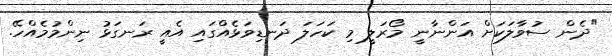
"ދެން ސުވާލަކަށް އަންނާނީ މޯރަލީ މި ކަހަލަ ދަނޑިވަޅެއްގައި އެއީ ރަނގަޅު ނިންމުމެއްހޭ.